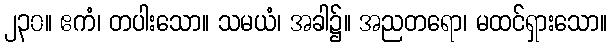
၂၃၀။ ဧကံ၊ တပါးသော။ သမယံ၊ အခါ၌။ အညတရော၊ မထင်ရှားသော။